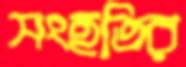
সংহতির